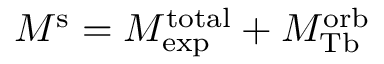
M ^ { \mathrm { s } } = M _ { \mathrm { e x p } } ^ { \mathrm { t o t a l } } + M _ { \mathrm { T b } } ^ { \mathrm { o r b } }